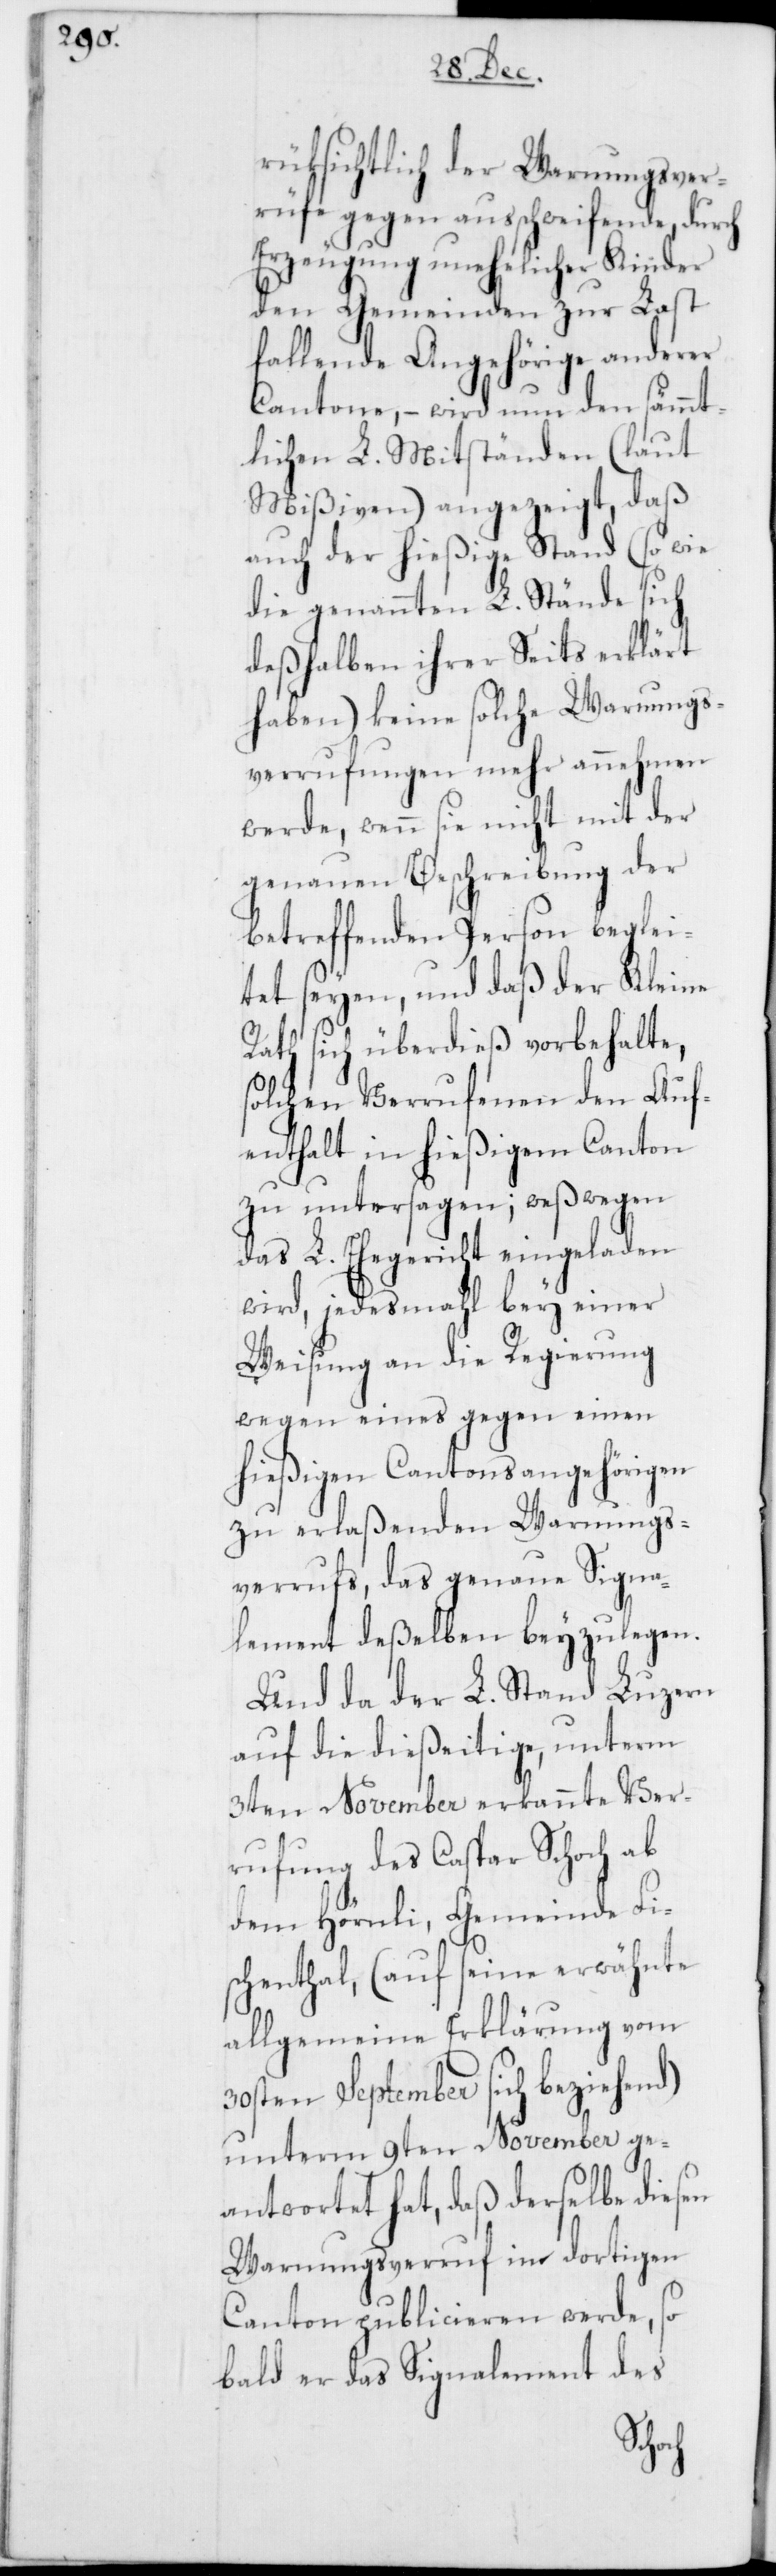
rüksichtlich der Warnungsver¬
rüfe gegen ausschweifende, durch
Erzeugung unehelicher Kinder
den Gemeinden zur Last
fallende Angehörige anderer
Cantone, – wird nun den sämmt¬
lichen L. Mitständen (laut
Mißiven) angezeigt, daß
auch der hießige Stand (so wie
die genannten L. Stände sich
deßhalben ihrer Seits erklärt
haben) keine solche Warnungs¬
verrufungen mehr annehmen
werde, wenn sie nicht mit der
genauen Beschreibung der
betreffenden Person beglei¬
tet seyen, und daß der Kleine
Rath sich überdieß vorbehalte,
solchen Verrufenen den Auf¬
enthalt in hießigem Canton
zu untersagen; weßwegen
das L. Ehegericht eingeladen
wird, jedesmahl bey einer
Weisung an die Regierung
wegen eines gegen einen
hießigen Cantonsangehörigen
zu erlaßenden Warnungs¬
verrufs, das genaue Signa¬
lement deßelben beyzulegen.
Und da der L. Stand Luzern
auf die dießeitige, unterm
3ten November erkannte Ver¬
rufung des Caspar Schoch ab
dem Hörnli, Gemeinde Fis¬
chenthal, (auf seine erwähnte
allgemeine Erklärung vom
30sten September sich beziehend)
unterm 9ten November ge¬
antwortet hat, daß derselbe diesen
Warnungsverruf im dortigen
Canton publicieren werde, so
bald er das Signalement des